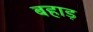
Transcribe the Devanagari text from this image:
बहाड़